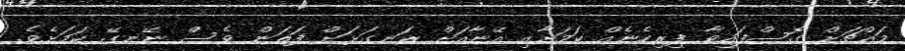
މައްޗަށް ގޮސްފައިވާ ފިރިހެނެއް ކަމަށާއި އޭނާއަށް ރަނގަޅަށް ފަތަން ވެސް ނޭނގޭ ކަމަށެވެ.